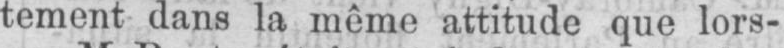
tement dans la même attitude que lors-